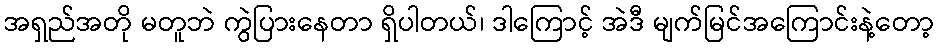
အရှည်အတို မတူဘဲ ကွဲပြားနေတာ ရှိပါတယ်၊ ဒါကြောင့် အဲဒီ မျက်မြင်အကြောင်းနဲ့တော့